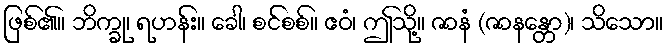
ဖြစ်၏။ ဘိက္ခု၊ ရဟန်း။ ခေါ၊ စင်စစ်။ ဧဝံ၊ ဤသို့။ ဇာနံ (ဇာနန္တော)၊ သိသော။